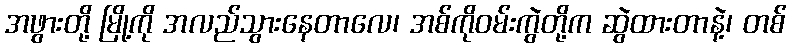
အဖွားတို့ မြို့ကို အလည်သွားနေတာလေ၊ အစ်ကိုဝမ်းကွဲတို့က ဆွဲထားတာနဲ့၊ တစ်